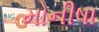
મોનીષા